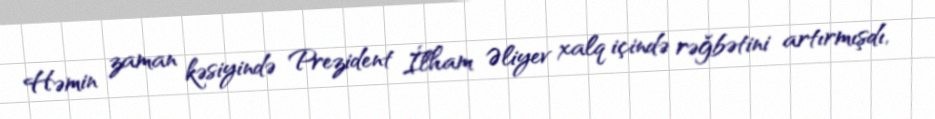
Həmin zaman kəsiyində Prezident İlham Əliyev xalq içində rəğbətini artırmışdı,